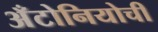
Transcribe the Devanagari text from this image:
अँटोनियोची